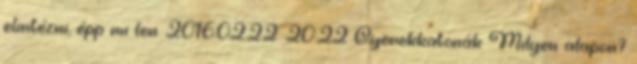
elintézni, épp mi len. 2016.02.22. 20:22 Gyerekkatonák Milyen alapon?